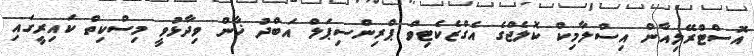
އޮސްޓްރޭލިއާން އިސްލާމިކް ކޮލެޖްގެ އެގްޒެކެޓިވް ޕްރިންސިޕަލް އަބްދު ޚާން ވިދާޅުވީ މިސްކިތް ކައިރީގައި